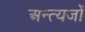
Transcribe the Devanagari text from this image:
अन्त्यजों